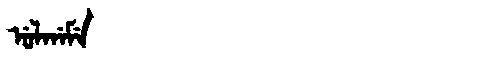
Manchu: ᡠᠯᡤᠠᠮᡝ
Romanization: ULGAME